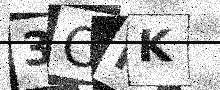
Text: 3ONK